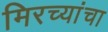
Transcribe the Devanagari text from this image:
मिरच्यांचा